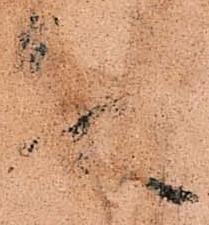
殿